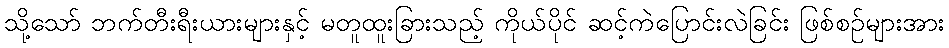
သို့သော် ဘက်တီးရီးယားများနှင့် မတူထူးခြားသည့် ကိုယ်ပိုင် ဆင့်ကဲပြောင်းလဲခြင်း ဖြစ်စဉ်များအား